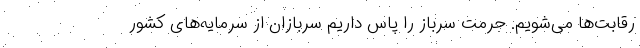
رقابت‌ها می‌شویم. حرمت سرباز را پاس داریم سربازان از سرمایه‌های کشور